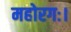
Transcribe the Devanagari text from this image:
महोरगः।